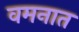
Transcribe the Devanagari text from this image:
वमनात